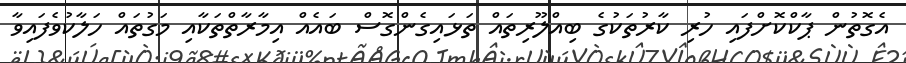
އެގޮތުން ޕާކްކޮށްފައި ހުރި ކާރުތަކުގެ ބިއްލޫރިތައް ތަޅައިގެންގޮސް ބައެއް އިމާރާތްތަކާއި މަގުތައް ހަލާކުވެފައިވާ